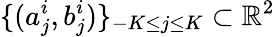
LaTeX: \{ (a_{j}^{i},b_{j}^{i})\} _{-K\leq j\leq K}\subset\mathbb{R}^{2}